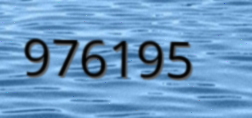
976195